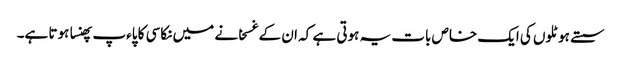
سستے ہوٹلوں کی ایک خاص بات یہ ہوتی ہے کہ ان کے غسخانے میں نکاسی کا پاءپ پھنسا ہوتا ہے۔